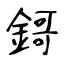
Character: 鎶